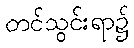
တင်သွင်းရာ၌